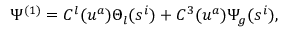
\Psi ^ { ( 1 ) } = C ^ { l } ( u ^ { a } ) \Theta _ { l } ( s ^ { i } ) + C ^ { 3 } ( u ^ { a } ) \Psi _ { g } ( s ^ { i } ) ,